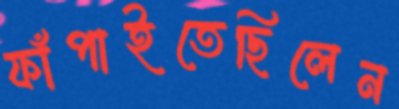
ফাঁপাইতেছিলেন